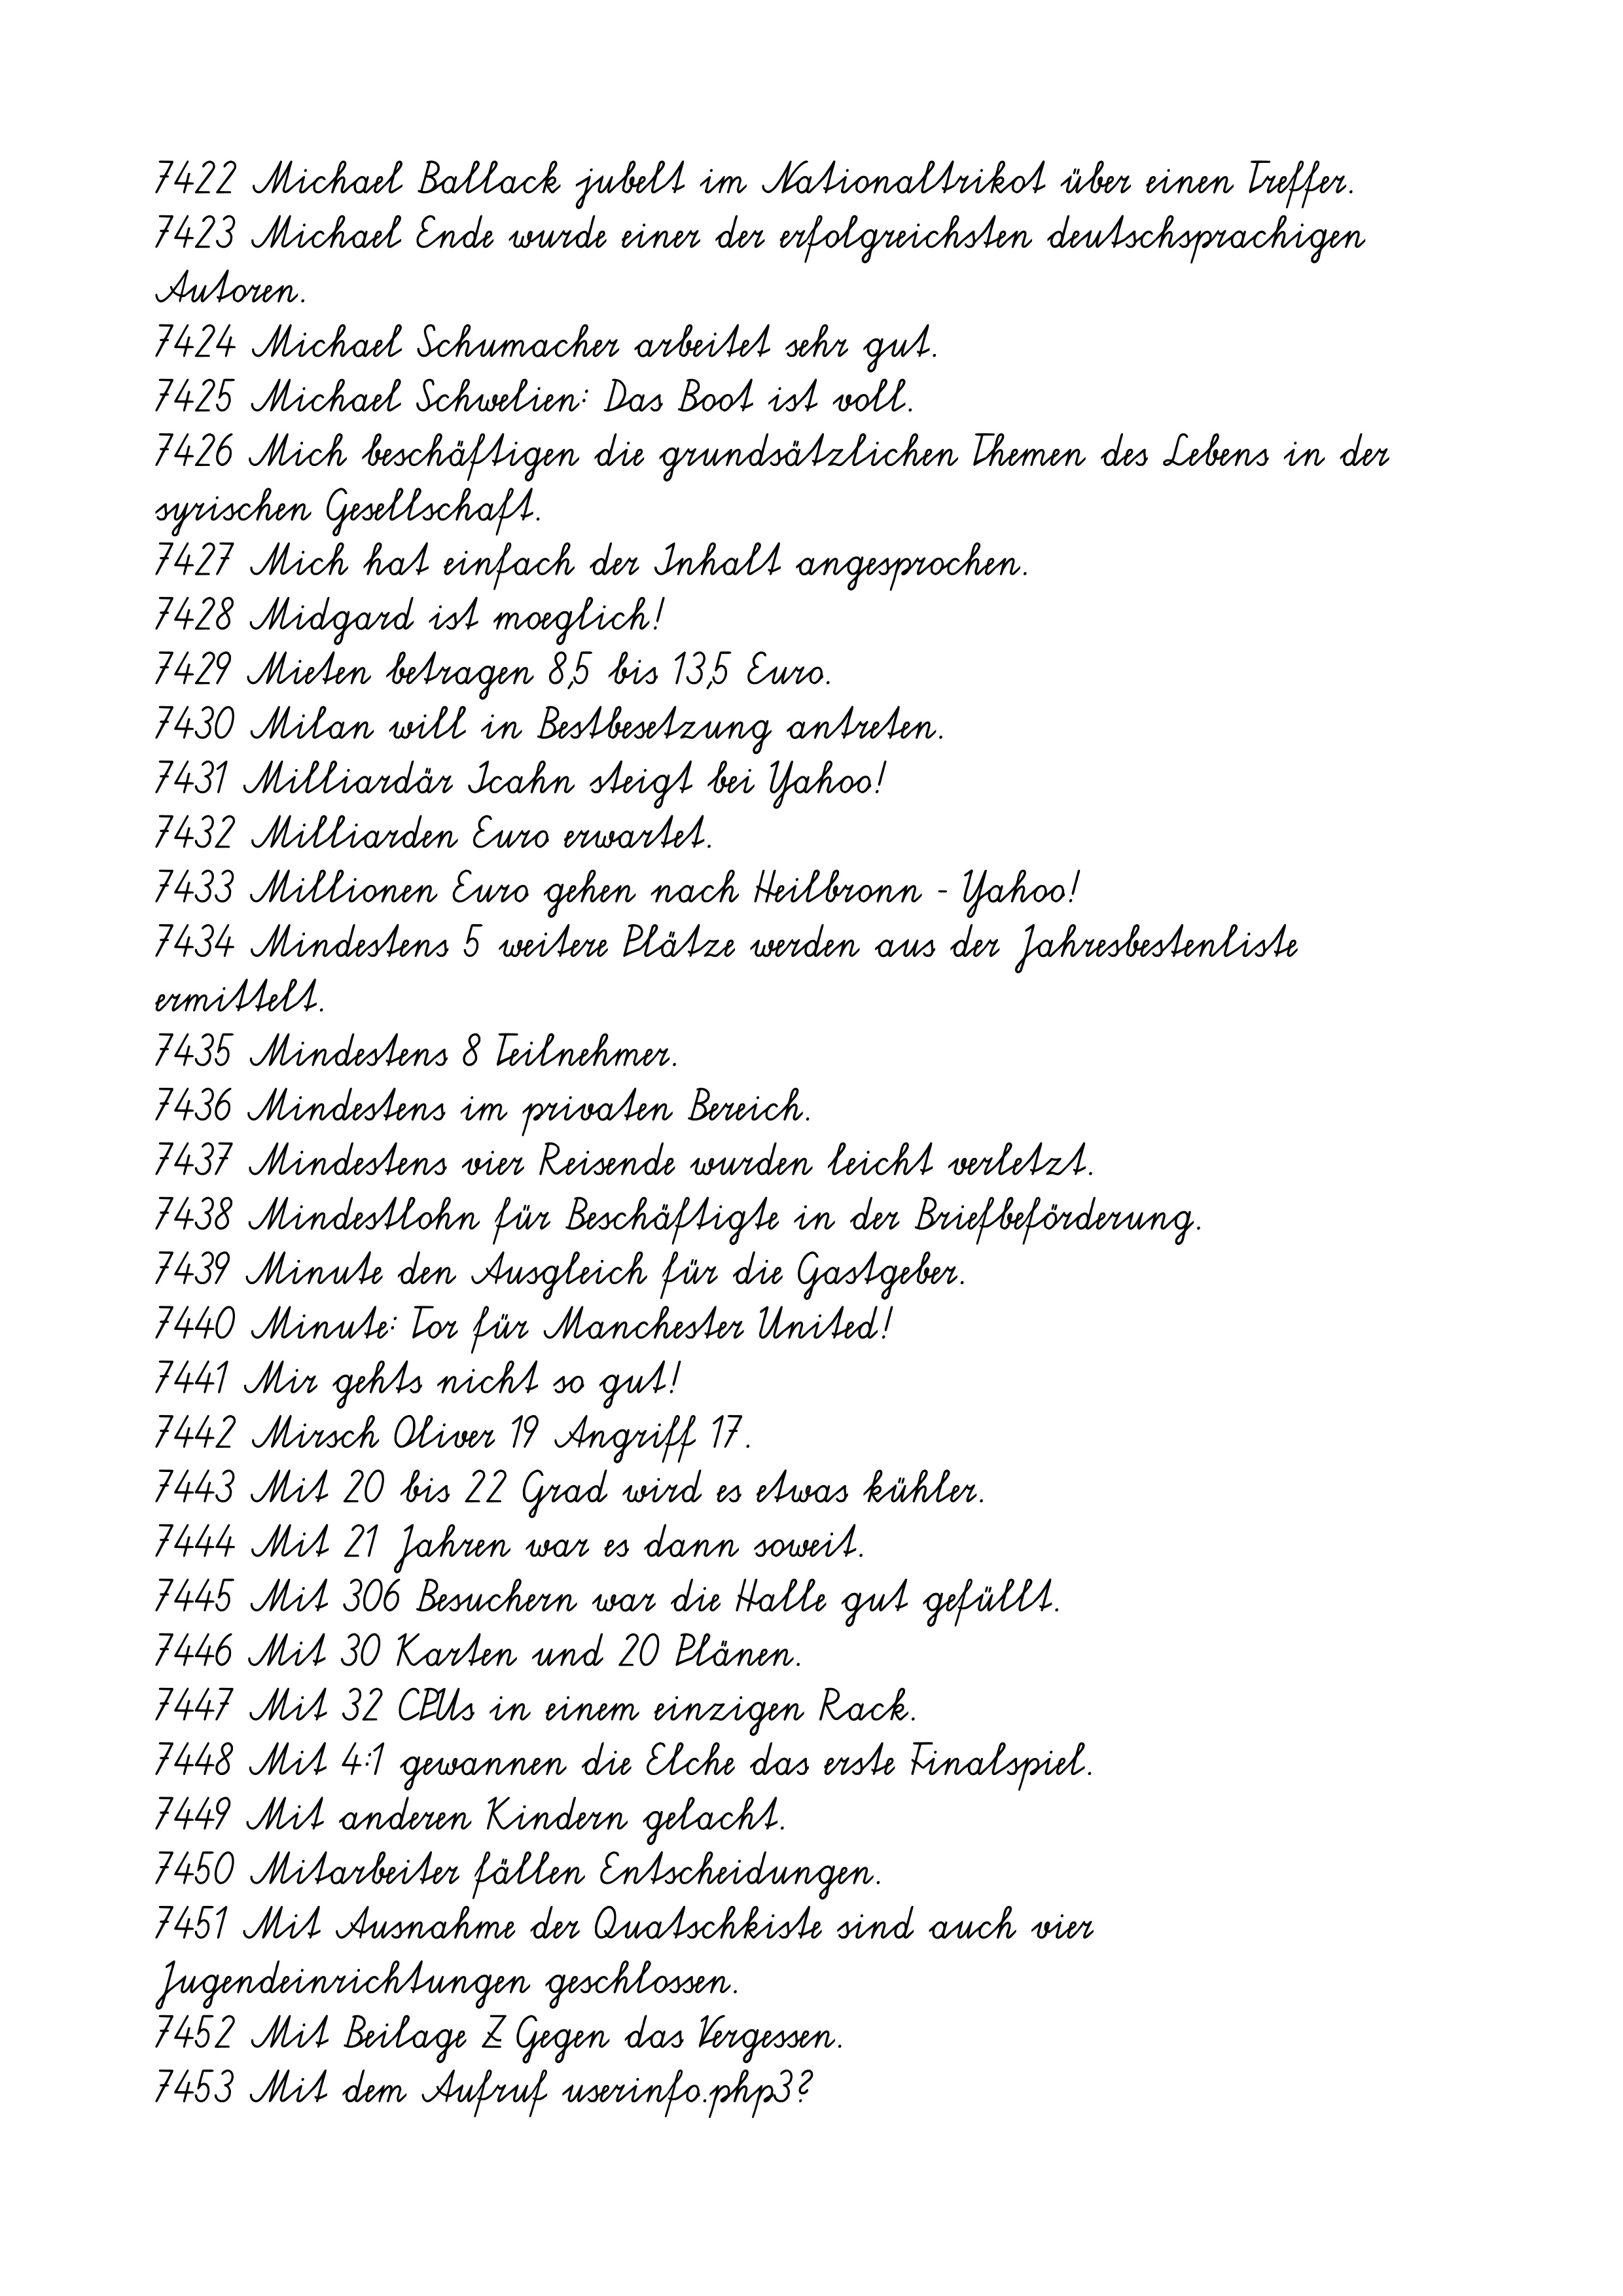
7422 Michael Ballack jubelt im Nationaltrikot über einen Treffer.
7423 Michael Ende wurde einer der erfolgreichsten deutschsprachigen
Autoren.
7424 Michael Schumacher arbeitet sehr gut.
7425 Michael Schwelien: Das Boot ist voll.
7426 Mich beschäftigen die grundsätzlichen Themen des Lebens in der
syrischen Gesellschaft.
7427 Mich hat einfach der Inhalt angesprochen.
7428 Midgard ist moeglich!
7429 Mieten betragen 8,5 bis 13,5 Euro.
7430 Milan will in Bestbesetzung antreten.
7431 Milliardär Icahn steigt bei Yahoo!
7432 Milliarden Euro erwartet.
7433 Millionen Euro gehen nach Heilbronn - Yahoo!
7434 Mindestens 5 weitere Plätze werden aus der Jahresbestenliste
ermittelt.
7435 Mindestens 8 Teilnehmer.
7436 Mindestens im privaten Bereich.
7437 Mindestens vier Reisende wurden leicht verletzt.
7438 Mindestlohn für Beschäftigte in der Briefbeförderung.
7439 Minute den Ausgleich für die Gastgeber.
7440 Minute: Tor für Manchester United!
7441 Mir gehts nicht so gut!
7442 Mirsch Oliver 19 Angriff 17.
7443 Mit 20 bis 22 Grad wird es etwas kühler.
7444 Mit 21 Jahren war es dann soweit.
7445 Mit 306 Besuchern war die Halle gut gefüllt.
7446 Mit 30 Karten und 20 Plänen.
7447 Mit 32 CPUs in einem einzigen Rack.
7448 Mit 4:1 gewannen die Elche das erste Finalspiel.
7449 Mit anderen Kindern gelacht.
7450 Mitarbeiter fällen Entscheidungen.
7451 Mit Ausnahme der Quatschkiste sind auch vier
Jugendeinrichtungen geschlossen.
7452 Mit Beilage Z Gegen das Vergessen.
7453 Mit dem Aufruf userinfo.php3?